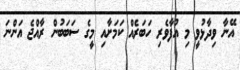
އޭނާ ވިދާޅުވީ މި އުފާވެރި ހަބަރެއް ކަމަށާއި މީގެ ސަބަބުން ރާއްޖެ އަންނަ